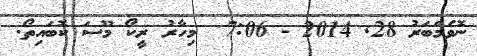
ނޮވެމްބަރު 28